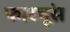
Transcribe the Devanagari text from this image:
फारचूंस